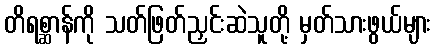
တိရစ္ဆာန်ကို သတ်ဖြတ်ညှင်းဆဲသူတို့ မှတ်သားဖွယ်များ